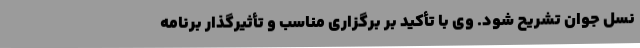
نسل جوان تشریح شود. وی با تأکید بر برگزاری مناسب و تأثیرگذار برنامه